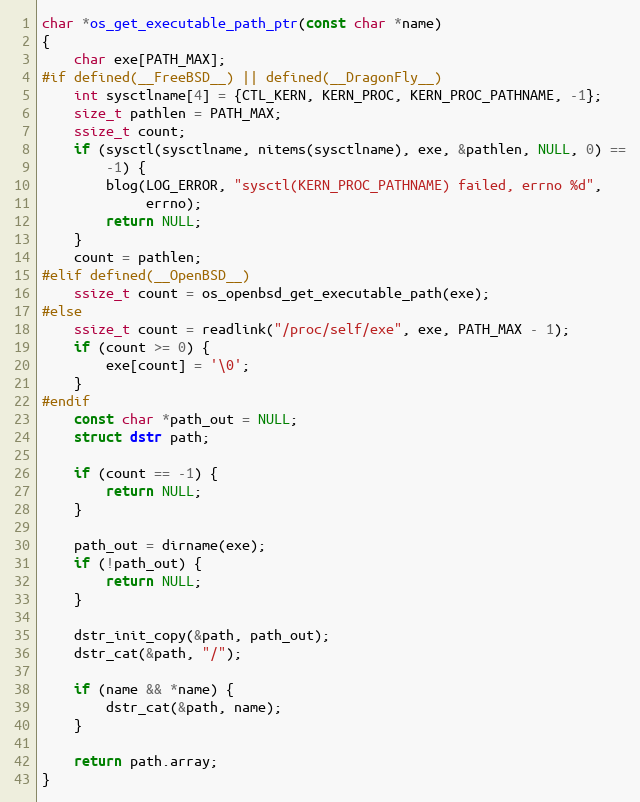
Language: C
char *os_get_executable_path_ptr(const char *name)
{
	char exe[PATH_MAX];
#if defined(__FreeBSD__) || defined(__DragonFly__)
	int sysctlname[4] = {CTL_KERN, KERN_PROC, KERN_PROC_PATHNAME, -1};
	size_t pathlen = PATH_MAX;
	ssize_t count;
	if (sysctl(sysctlname, nitems(sysctlname), exe, &pathlen, NULL, 0) ==
	    -1) {
		blog(LOG_ERROR, "sysctl(KERN_PROC_PATHNAME) failed, errno %d",
		     errno);
		return NULL;
	}
	count = pathlen;
#elif defined(__OpenBSD__)
	ssize_t count = os_openbsd_get_executable_path(exe);
#else
	ssize_t count = readlink("/proc/self/exe", exe, PATH_MAX - 1);
	if (count >= 0) {
		exe[count] = '\0';
	}
#endif
	const char *path_out = NULL;
	struct dstr path;

	if (count == -1) {
		return NULL;
	}

	path_out = dirname(exe);
	if (!path_out) {
		return NULL;
	}

	dstr_init_copy(&path, path_out);
	dstr_cat(&path, "/");

	if (name && *name) {
		dstr_cat(&path, name);
	}

	return path.array;
}